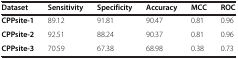
| Dataset | Sensitivity | Specificity | Accuracy | MCC | ROC |
 | --- | --- | --- | --- | --- | --- |
 | CPPsite-1 | 89.12 | 91.81 | 90.47 | 0.81 | 0.96 |
 | CPPsite-2 | 92.51 | 88.24 | 90.37 | 0.81 | 0.96 |
 | CPPsite-3 | 70.59 | 67.38 | 68.98 | 0.38 | 0.73 |